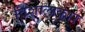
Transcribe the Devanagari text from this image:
विशालाकार